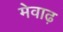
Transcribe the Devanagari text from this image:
मेवाढ़